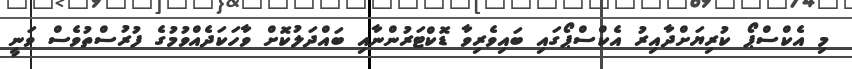
މި އެކްސްޕޯ ކުރިޔަށްދާއިރު އެކްސްޕޯގައި ބައިވެރިވާ ޑޮކްޓަރުންނާއި ބައްދަލުކޮށް ވާހަކަދެއްވުމުގެ ފުރުސްތުވެސް ވަނީ